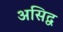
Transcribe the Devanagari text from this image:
असिद्व